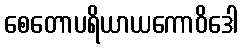
စေတောပရိယာယကောဝိဒေါ